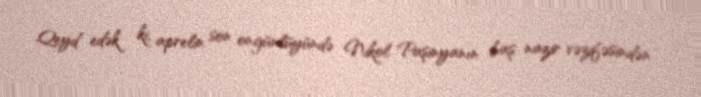
Qeyd edək ki, aprelin son ongünlüyündə Nikol Paşinyanın baş nazir vəzifəsindən